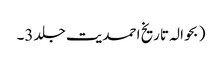
( بحوالہ تاریخ احمدیت جلد 3۔